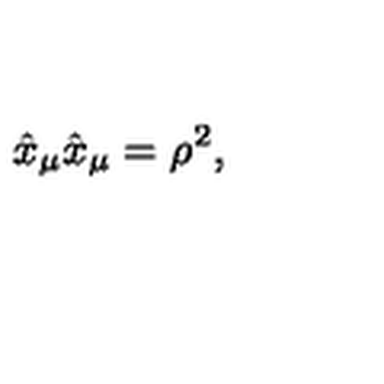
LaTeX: \hat { x } _ { \mu } \hat { x } _ { \mu } = \rho ^ { 2 } ,